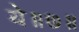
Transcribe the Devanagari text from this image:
ये॥७॥